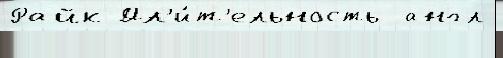
Райк Дл'и́т'ельность  англ